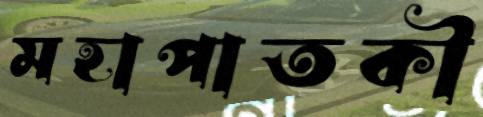
মহাপাতকী